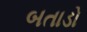
બતાડો